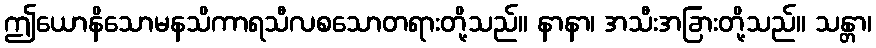
ဤယောနိသောမနသိကာရသီလစသောတရားတို့သည်။ နာနာ၊ အသီးအခြားတို့သည်။ သန္တာ၊